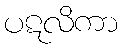
ပဋလိကာ